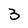
Character: 3